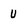
Character: U